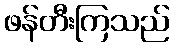
ဖန်တီးကြသည်